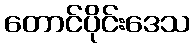
တောင်ပိုင်းဒေသ